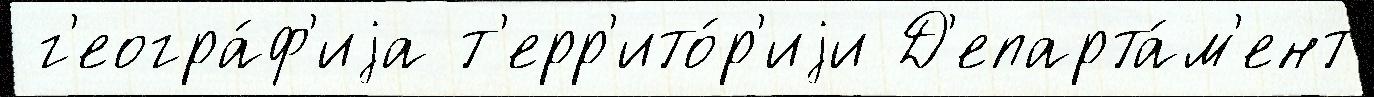
 г'еогра́ф'иjа т'ерр'ито́р'иjи Д'епарта́м'ент